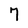
Character: 7